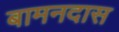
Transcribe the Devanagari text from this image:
बामनदास